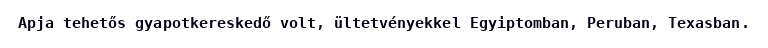
Apja tehetős gyapotkereskedő volt, ültetvényekkel Egyiptomban, Peruban, Texasban.